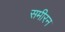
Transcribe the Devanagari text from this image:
समीरन